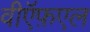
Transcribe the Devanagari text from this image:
वीऍफ़एल